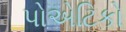
પોએટિકો